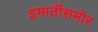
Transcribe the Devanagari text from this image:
इमार्तीसमोर